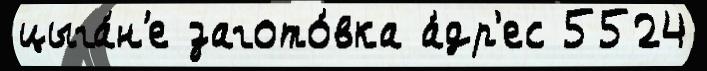
цыга́н'е загото́вка а́др'ес 5524